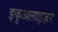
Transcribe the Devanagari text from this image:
इकुअलाइज़र